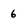
Character: 6